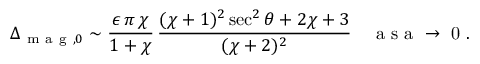
\Delta _ { \mathrm { ~ m ~ a ~ g ~ } , 0 } \sim \frac { \epsilon \, \pi \, \chi } { 1 + \chi } \, \frac { ( \chi + 1 ) ^ { 2 } \sec ^ { 2 } \theta + 2 \chi + 3 } { ( \chi + 2 ) ^ { 2 } } \quad \mathrm { ~ a ~ s ~ a ~ \to ~ 0 ~ . ~ }